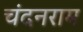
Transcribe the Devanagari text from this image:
चंदनराम